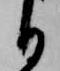
る